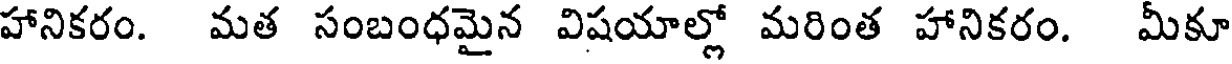
హానికరం. మత సంబంధమైన విషయాల్లో మరింత హానికరం. మీకూ